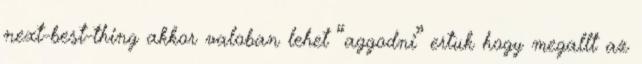
next-best-thing akkor valoban lehet “aggodni” ertuk hogy megallt az